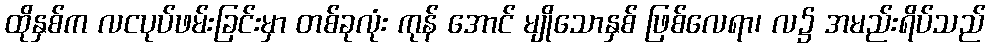
ထိုနှစ်က လငပုပ်ဖမ်းခြင်းမှာ တစ်ခုလုံး ကုန် အောင် မျိုသောနှစ် ဖြစ်လေရာ၊ လ၌ အမည်းရိပ်သည်